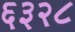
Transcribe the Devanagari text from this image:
६३२८